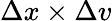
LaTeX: \Delta x\times\Delta v